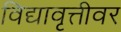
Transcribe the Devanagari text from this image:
विद्यावृत्तीवर